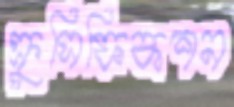
ক্রুসিফিকশন